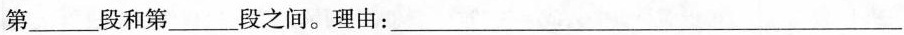
第___段和第___段之间。理由：___